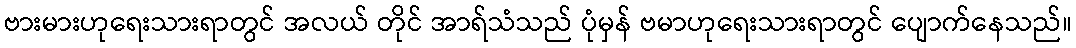
ဗားမားဟုရေးသားရာတွင် အလယ် တိုင် အာရ်သံသည် ပုံမှန် ဗမာဟုရေးသားရာတွင် ပျောက်နေသည်။